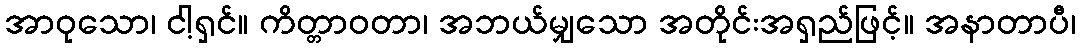
အာဝုသော၊ ငါ့ရှင်။ ကိတ္တာဝတာ၊ အဘယ်မျှသော အတိုင်းအရှည်ဖြင့်။ အနာတာပီ၊